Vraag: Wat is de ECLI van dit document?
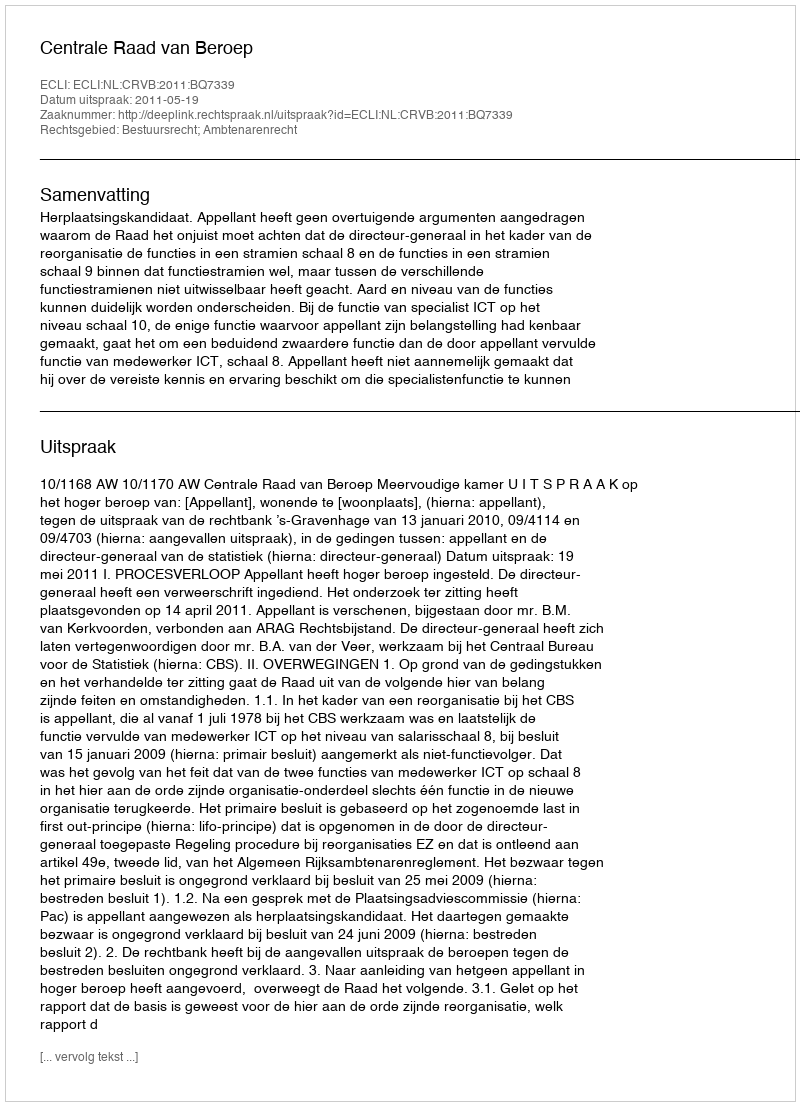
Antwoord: ECLI:NL:CRVB:2011:BQ7339